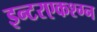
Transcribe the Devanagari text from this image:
इन्टरएकश्ग्न